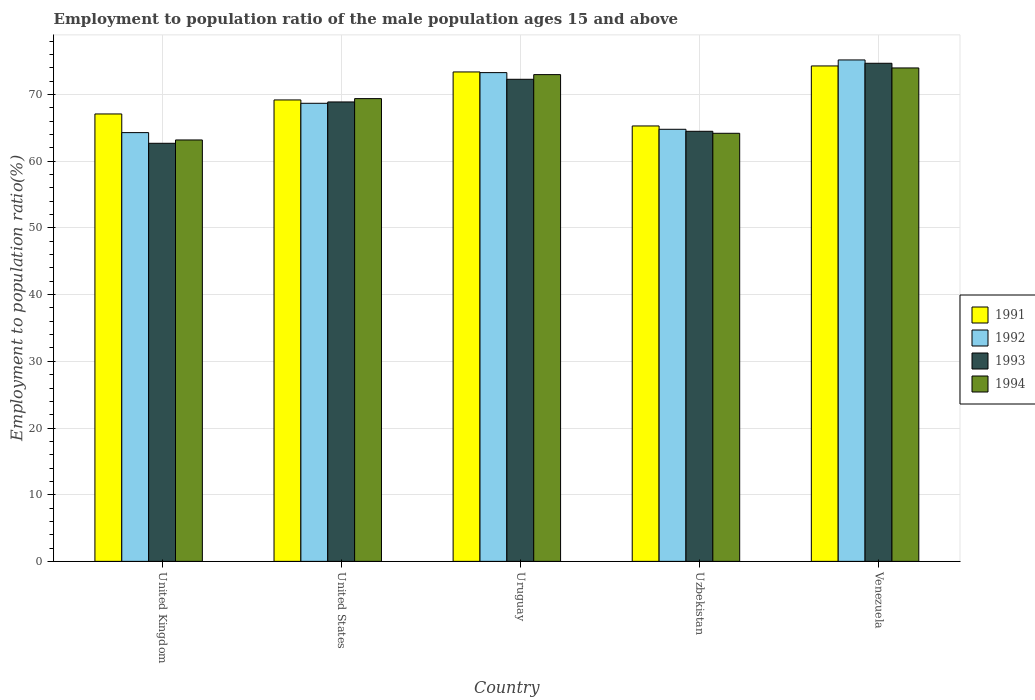
| Country | 1991 | 1992 | 1993 | 1994 |
 | --- | --- | --- | --- | --- |
 | United Kingdom | 67.1 | 64.3 | 62.7 | 63.2 |
 | United States | 69.2 | 68.7 | 68.9 | 69.4 |
 | Uruguay | 73.4 | 73.3 | 72.3 | 73 |
 | Uzbekistan | 65.3 | 64.8 | 64.5 | 64.2 |
 | Venezuela | 74.3 | 75.2 | 74.7 | 74 |